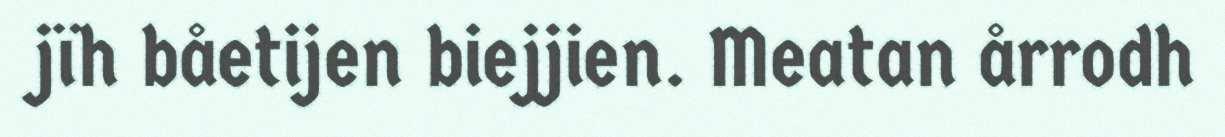
jïh båetijen biejjien. Meatan årrodh